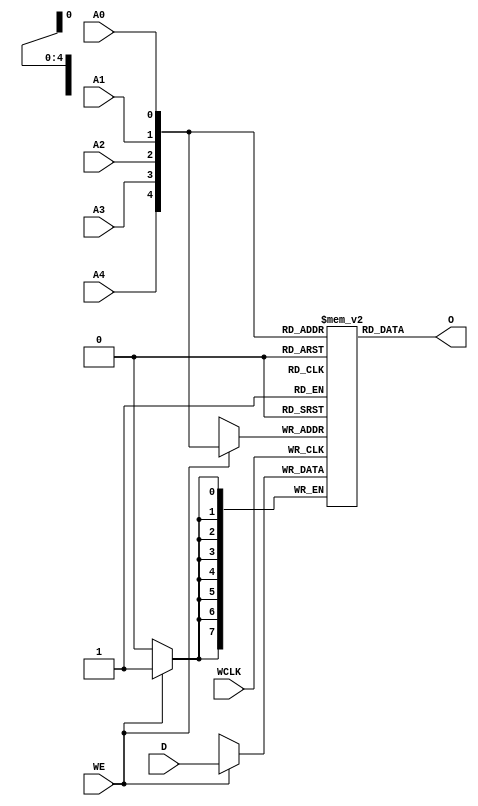
module RAM32X8S (O, A0, A1, A2, A3, A4, D, WCLK, WE);

    parameter INIT_00 = 32'h00000000;
    parameter INIT_01 = 32'h00000000;
    parameter INIT_02 = 32'h00000000;
    parameter INIT_03 = 32'h00000000;
    parameter INIT_04 = 32'h00000000;
    parameter INIT_05 = 32'h00000000;
    parameter INIT_06 = 32'h00000000;
    parameter INIT_07 = 32'h00000000;

    output [7:0] O;

    input  A0, A1, A2, A3, A4, WCLK, WE;
    input [7:0] D;

    reg   [7:0] mem [31:0];
    integer i;

    wire [4:0] adr;

    assign adr = {A4, A3, A2, A1, A0};
    assign O = mem[adr];

    initial 
        for (i = 0; i < 32; i=i+1)
            mem[i] = {INIT_07[i], INIT_06[i], INIT_05[i], INIT_04[i], INIT_03[i], INIT_02[i],
                      INIT_01[i], INIT_00[i]};

    always @(posedge WCLK) 
        if (WE == 1'b1) 
            mem[adr] <= #100 D;

endmodule